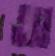
অ